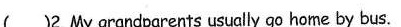
( )2.My grandporents usudlly go home by bus.